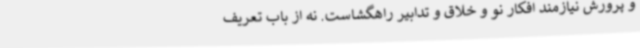
و پرورش نیازمند افکار نو و خلاق و تدابیر راهگشاست. نه از باب تعریف